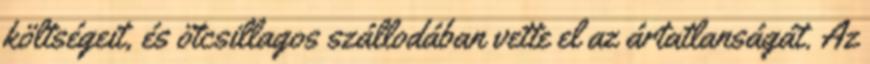
költségeit, és ötcsillagos szállodában vette el az ártatlanságát. Az